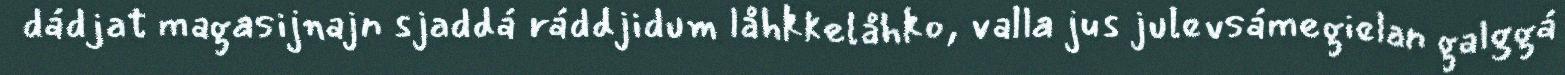
dádjat magasijnajn sjaddá ráddjidum låhkkelåhko, valla jus julevsámegielan galggá